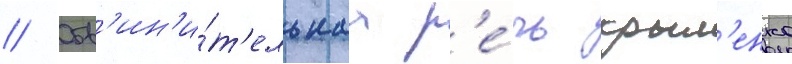
// Обв'ин'и́т'ельнаа р'е́чь крыл'енко